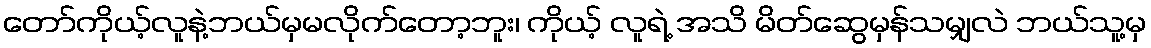
တော်ကိုယ့်လူနဲ့ဘယ်မှမလိုက်တော့ဘူး၊ ကိုယ့် လူရဲ့ အသိ မိတ်ဆွေမှန်သမျှလဲ ဘယ်သူ့မှ